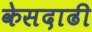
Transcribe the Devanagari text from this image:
केसदाढी